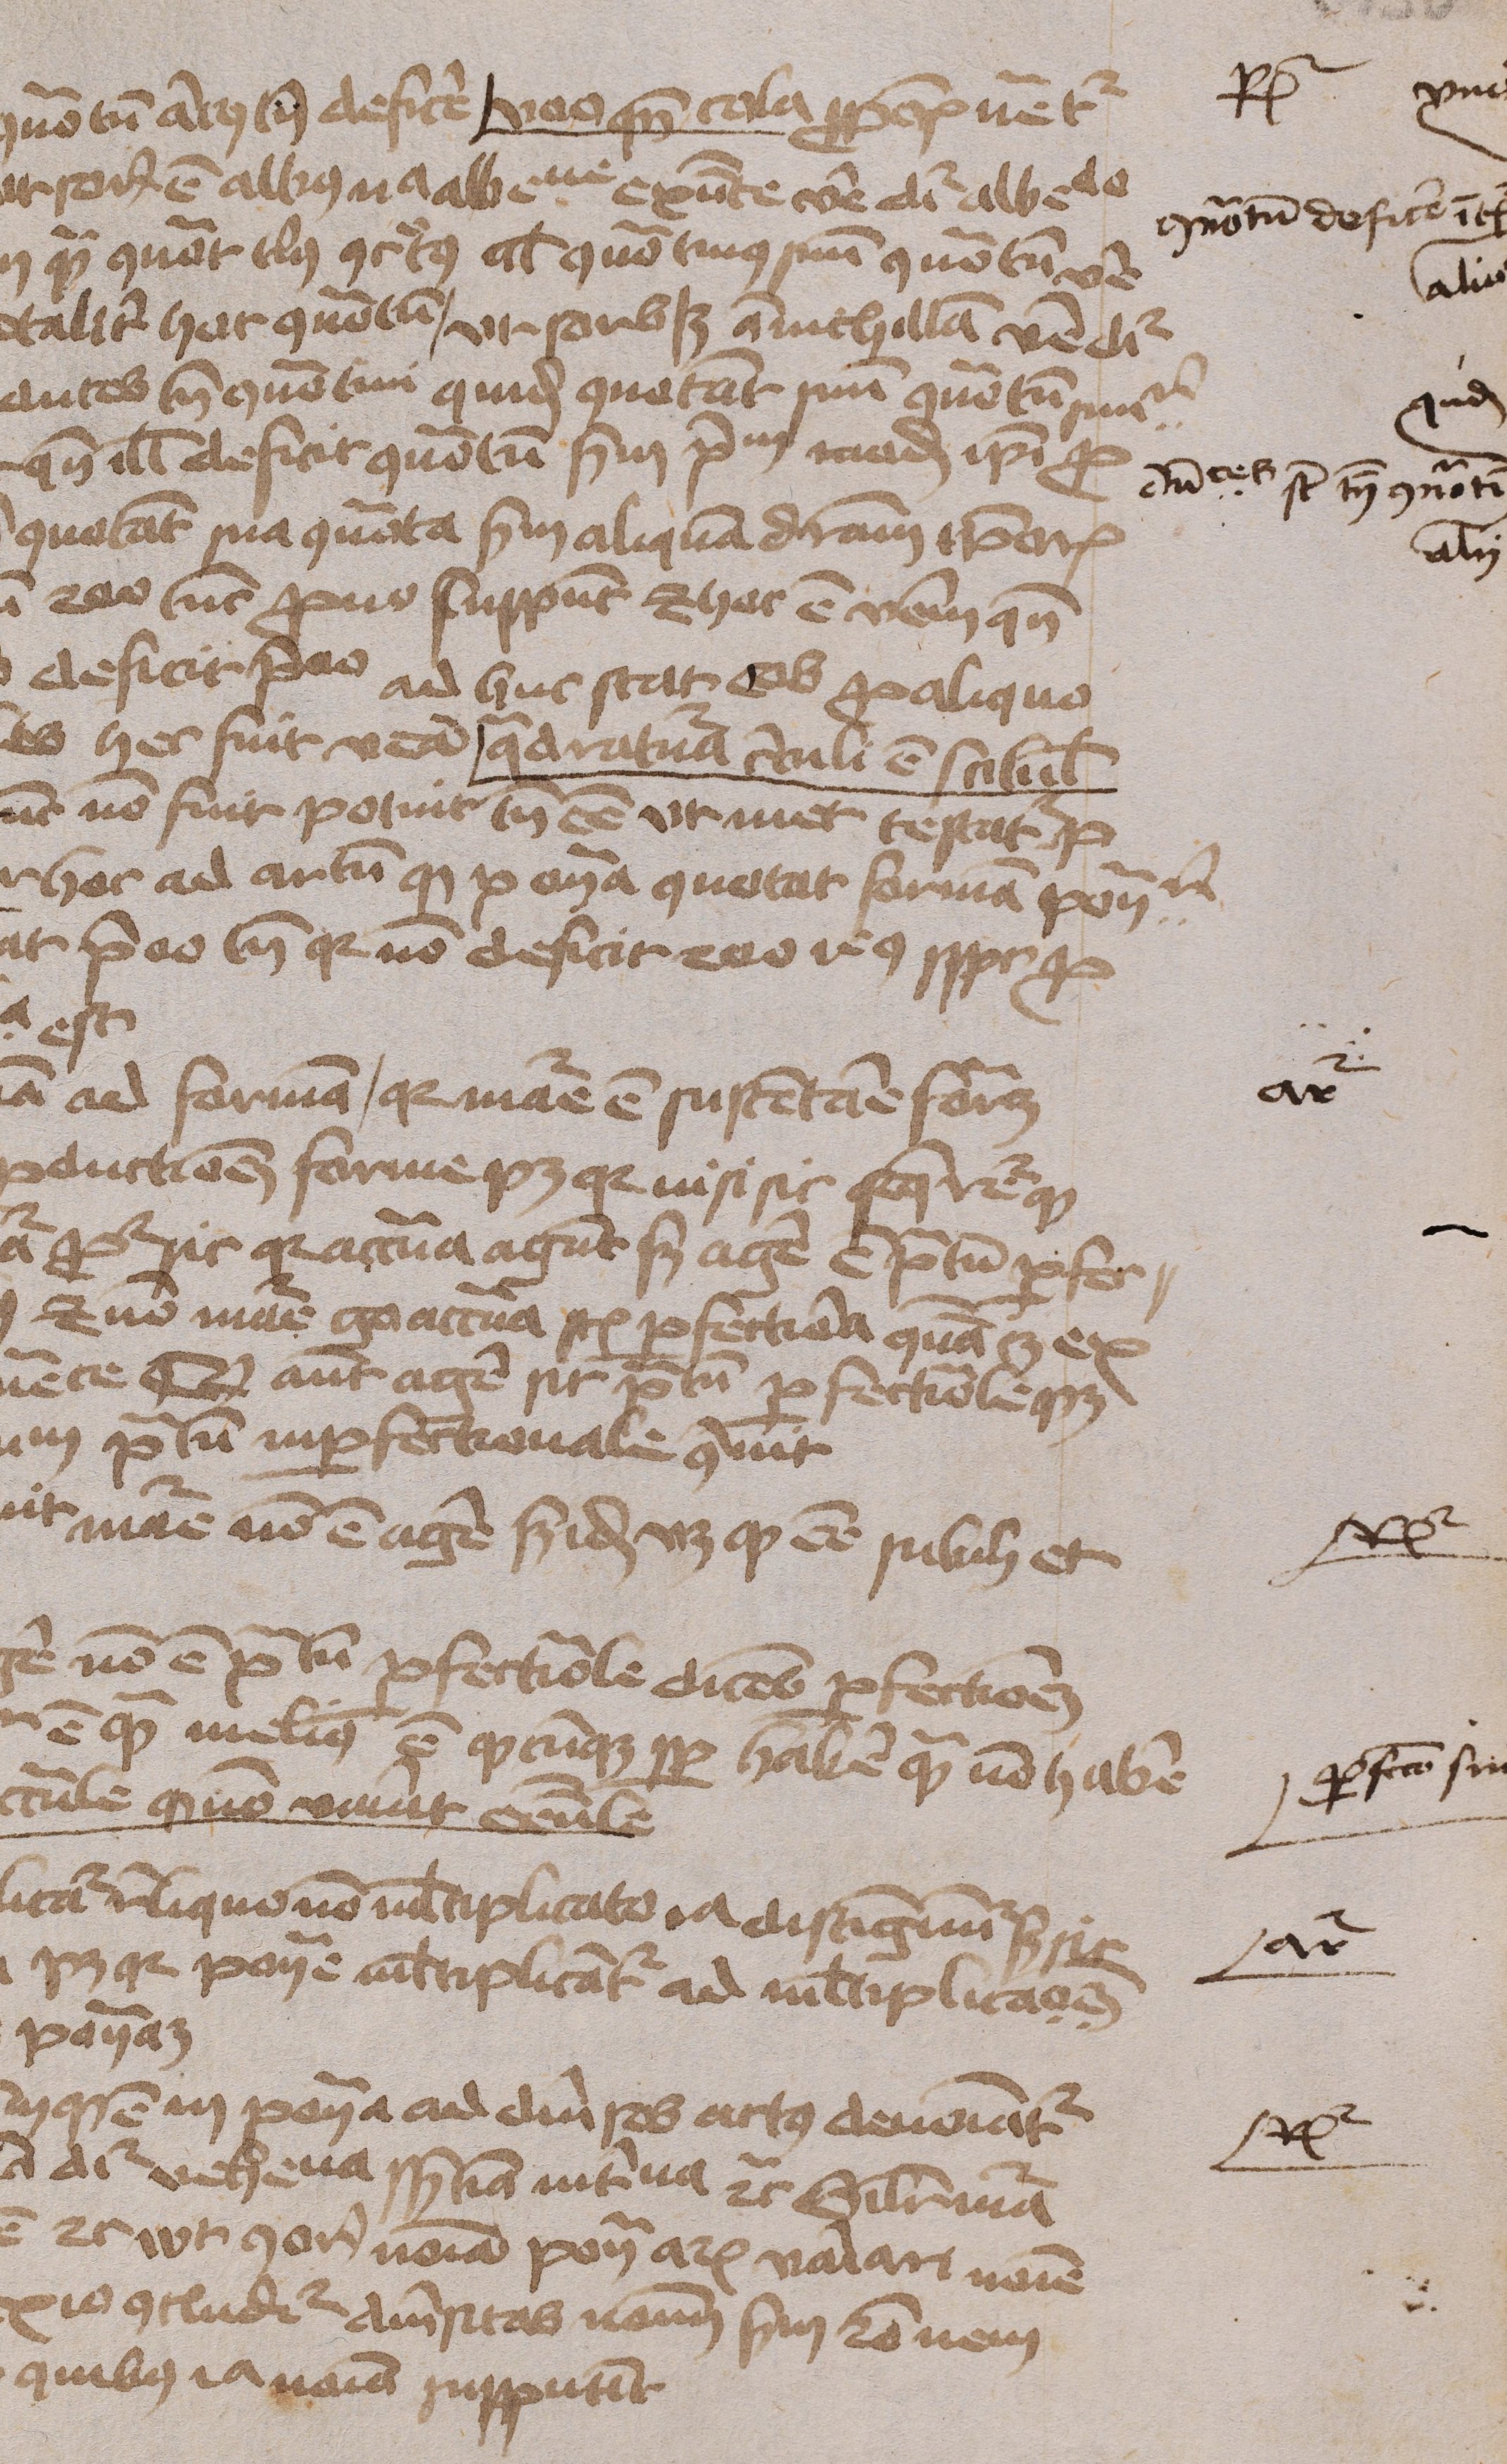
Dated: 1450–1474